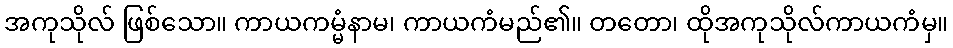
အကုသိုလ် ဖြစ်သော။ ကာယကမ္မံနာမ၊ ကာယကံမည်၏။ တတော၊ ထိုအကုသိုလ်ကာယကံမှ။